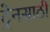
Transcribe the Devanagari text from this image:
ट्रेनसाठी